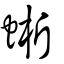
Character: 蜥